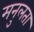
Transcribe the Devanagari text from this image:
मनुलता